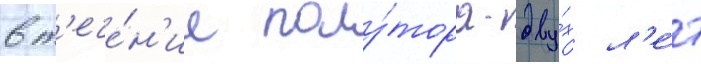
в т'ече́н'ие полу́тора-дву́х л'е́т